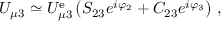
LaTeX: U _ { \mu 3 } \simeq U _ { \mu 3 } ^ { \mathrm { e } } \left( S _ { 2 3 } e ^ { i \varphi _ { 2 } } + C _ { 2 3 } e ^ { i \varphi _ { 3 } } \right) \, ,